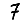
Digit: 7